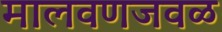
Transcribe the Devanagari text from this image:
मालवणजवळ